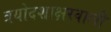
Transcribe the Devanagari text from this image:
त्रयोदशाक्षरवाली